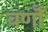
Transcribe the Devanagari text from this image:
वर्णॊं